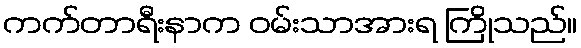
ကက်တာရီးနာက ဝမ်းသာအားရ ကြိုသည်။